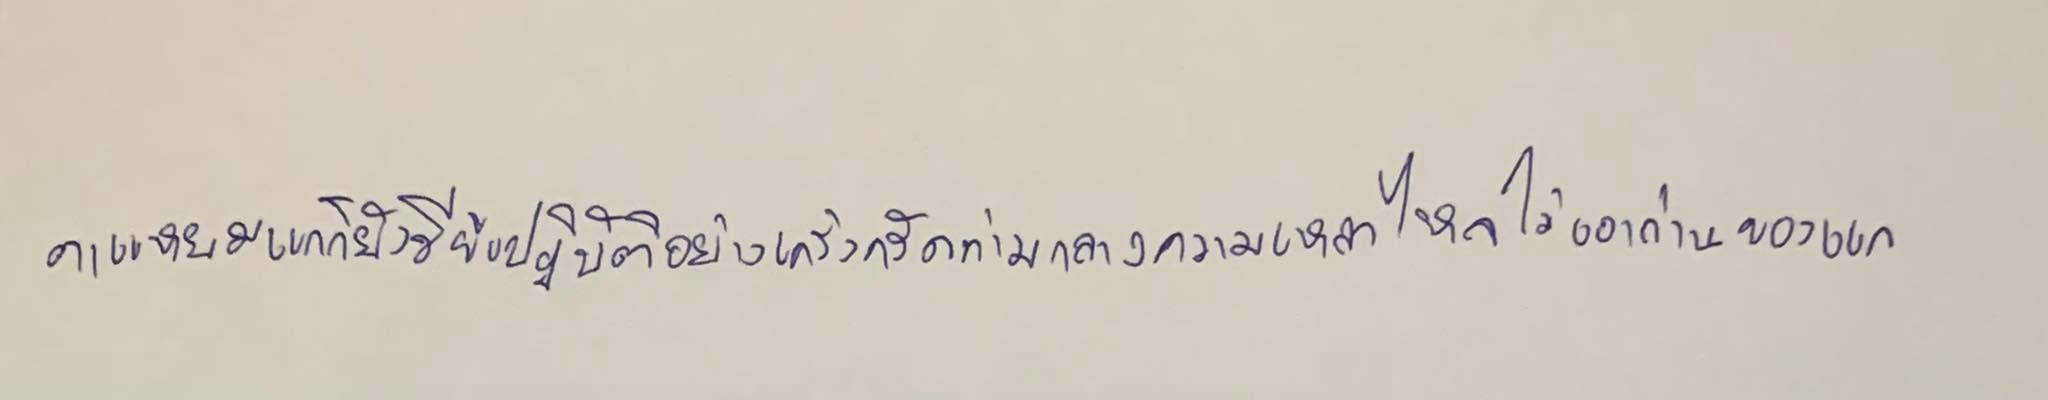
ตาแหยมแกก็ยังมีข้อปฏิบัติอย่างเคร่งครัดท่ามกลางความเหลวไหลไม่เอาถ่านของแก